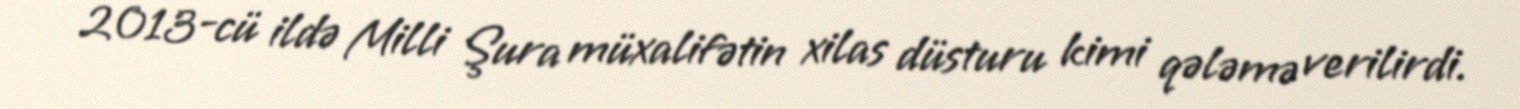
2013-cü ildə Milli Şura müxalifətin xilas düsturu kimi qələmə verilirdi.